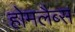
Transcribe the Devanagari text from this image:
होमलैब्स